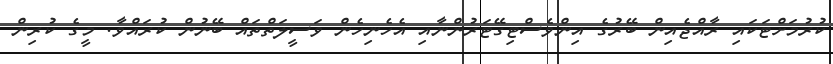
ކުރުމަށްޓަކައި ރާއްޖެއިން ބޭރުގެ އިންވެސްޓިގޭޓަރުންނާއި އެހެނިހެން ވަސީލަތްތައް ބޭނުން ކުރައްވާ. މީގެ ކުރިން